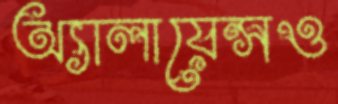
অ্যালায়েন্সও